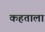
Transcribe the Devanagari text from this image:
कहताला